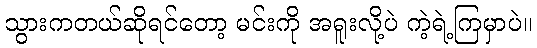
သွားကတယ်ဆိုရင်တော့ မင်းကို အရူးလို့ပဲ ကဲ့ရဲ့ကြမှာပဲ။